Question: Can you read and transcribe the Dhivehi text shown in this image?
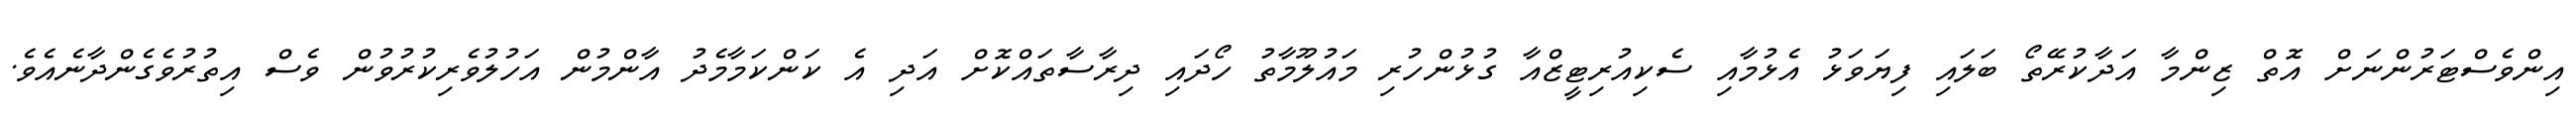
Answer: އިންވެސްޓަރުންނަށް އޮތް ޒިންމާ އަދާކުރޭތޯ ބަލައި ފިޔަވަޅު އެޅުމާއި ސެކިއުރިޓީޒްއާ ގުޅުންހުރި މައުލޫމާތު ހޯދައި ދިރާސާތައްކޮށް އަދި އެ ކަންކަމާމެދު އާންމުން އަހުލުވެރިކުރުވުން ވެސް އިތުރުވެގެންދާނެއެވެ.